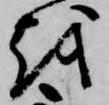
越